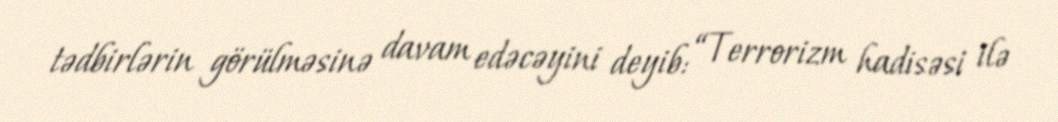
tədbirlərin görülməsinə davam edəcəyini deyib: “Terrorizm hadisəsi ilə